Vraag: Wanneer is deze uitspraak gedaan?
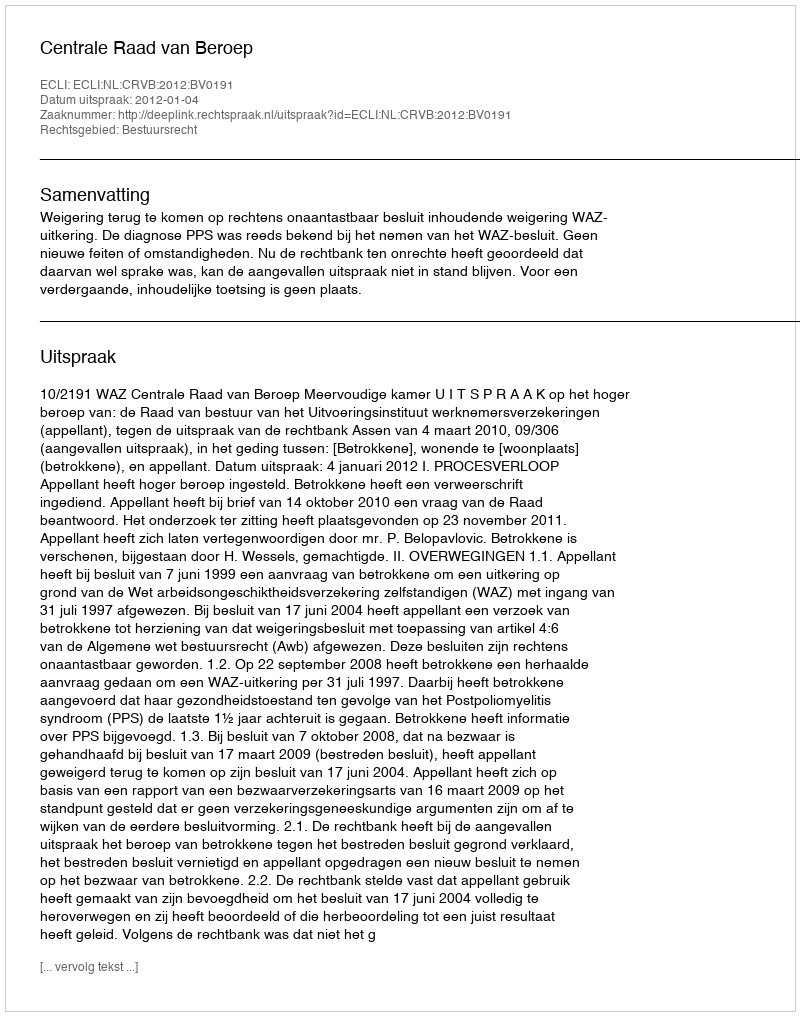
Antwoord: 2012-01-04